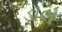
ડૉલ